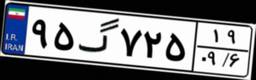
۹۵گ۷۲۵۱۹